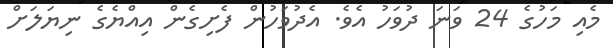
މެއި މަހުގެ 24 ވަނަ ދުވަހު އެވެ. އެދުވަހުން ފެށިގެން އިއްޔެގެ ނިޔަލަށް